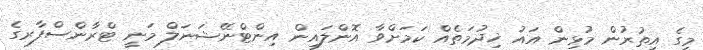
މީގެ އިތުރުން މުޅިން އައު ޚިދުމަތެއް ކަމަށްވާ އޮންލައިން އިންޓްނޭޝަނަލް މަނީ ޓްރާންސްފާރގެ